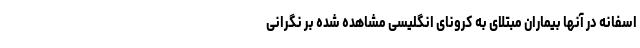
اسفانه در آنها بیماران مبتلای به کرونای انگلیسی مشاهده شده بر نگرانی